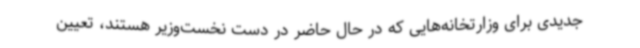
جدیدی برای وزارتخانه‌هایی که در حال حاضر در دست نخست‌وزیر هستند، تعیین